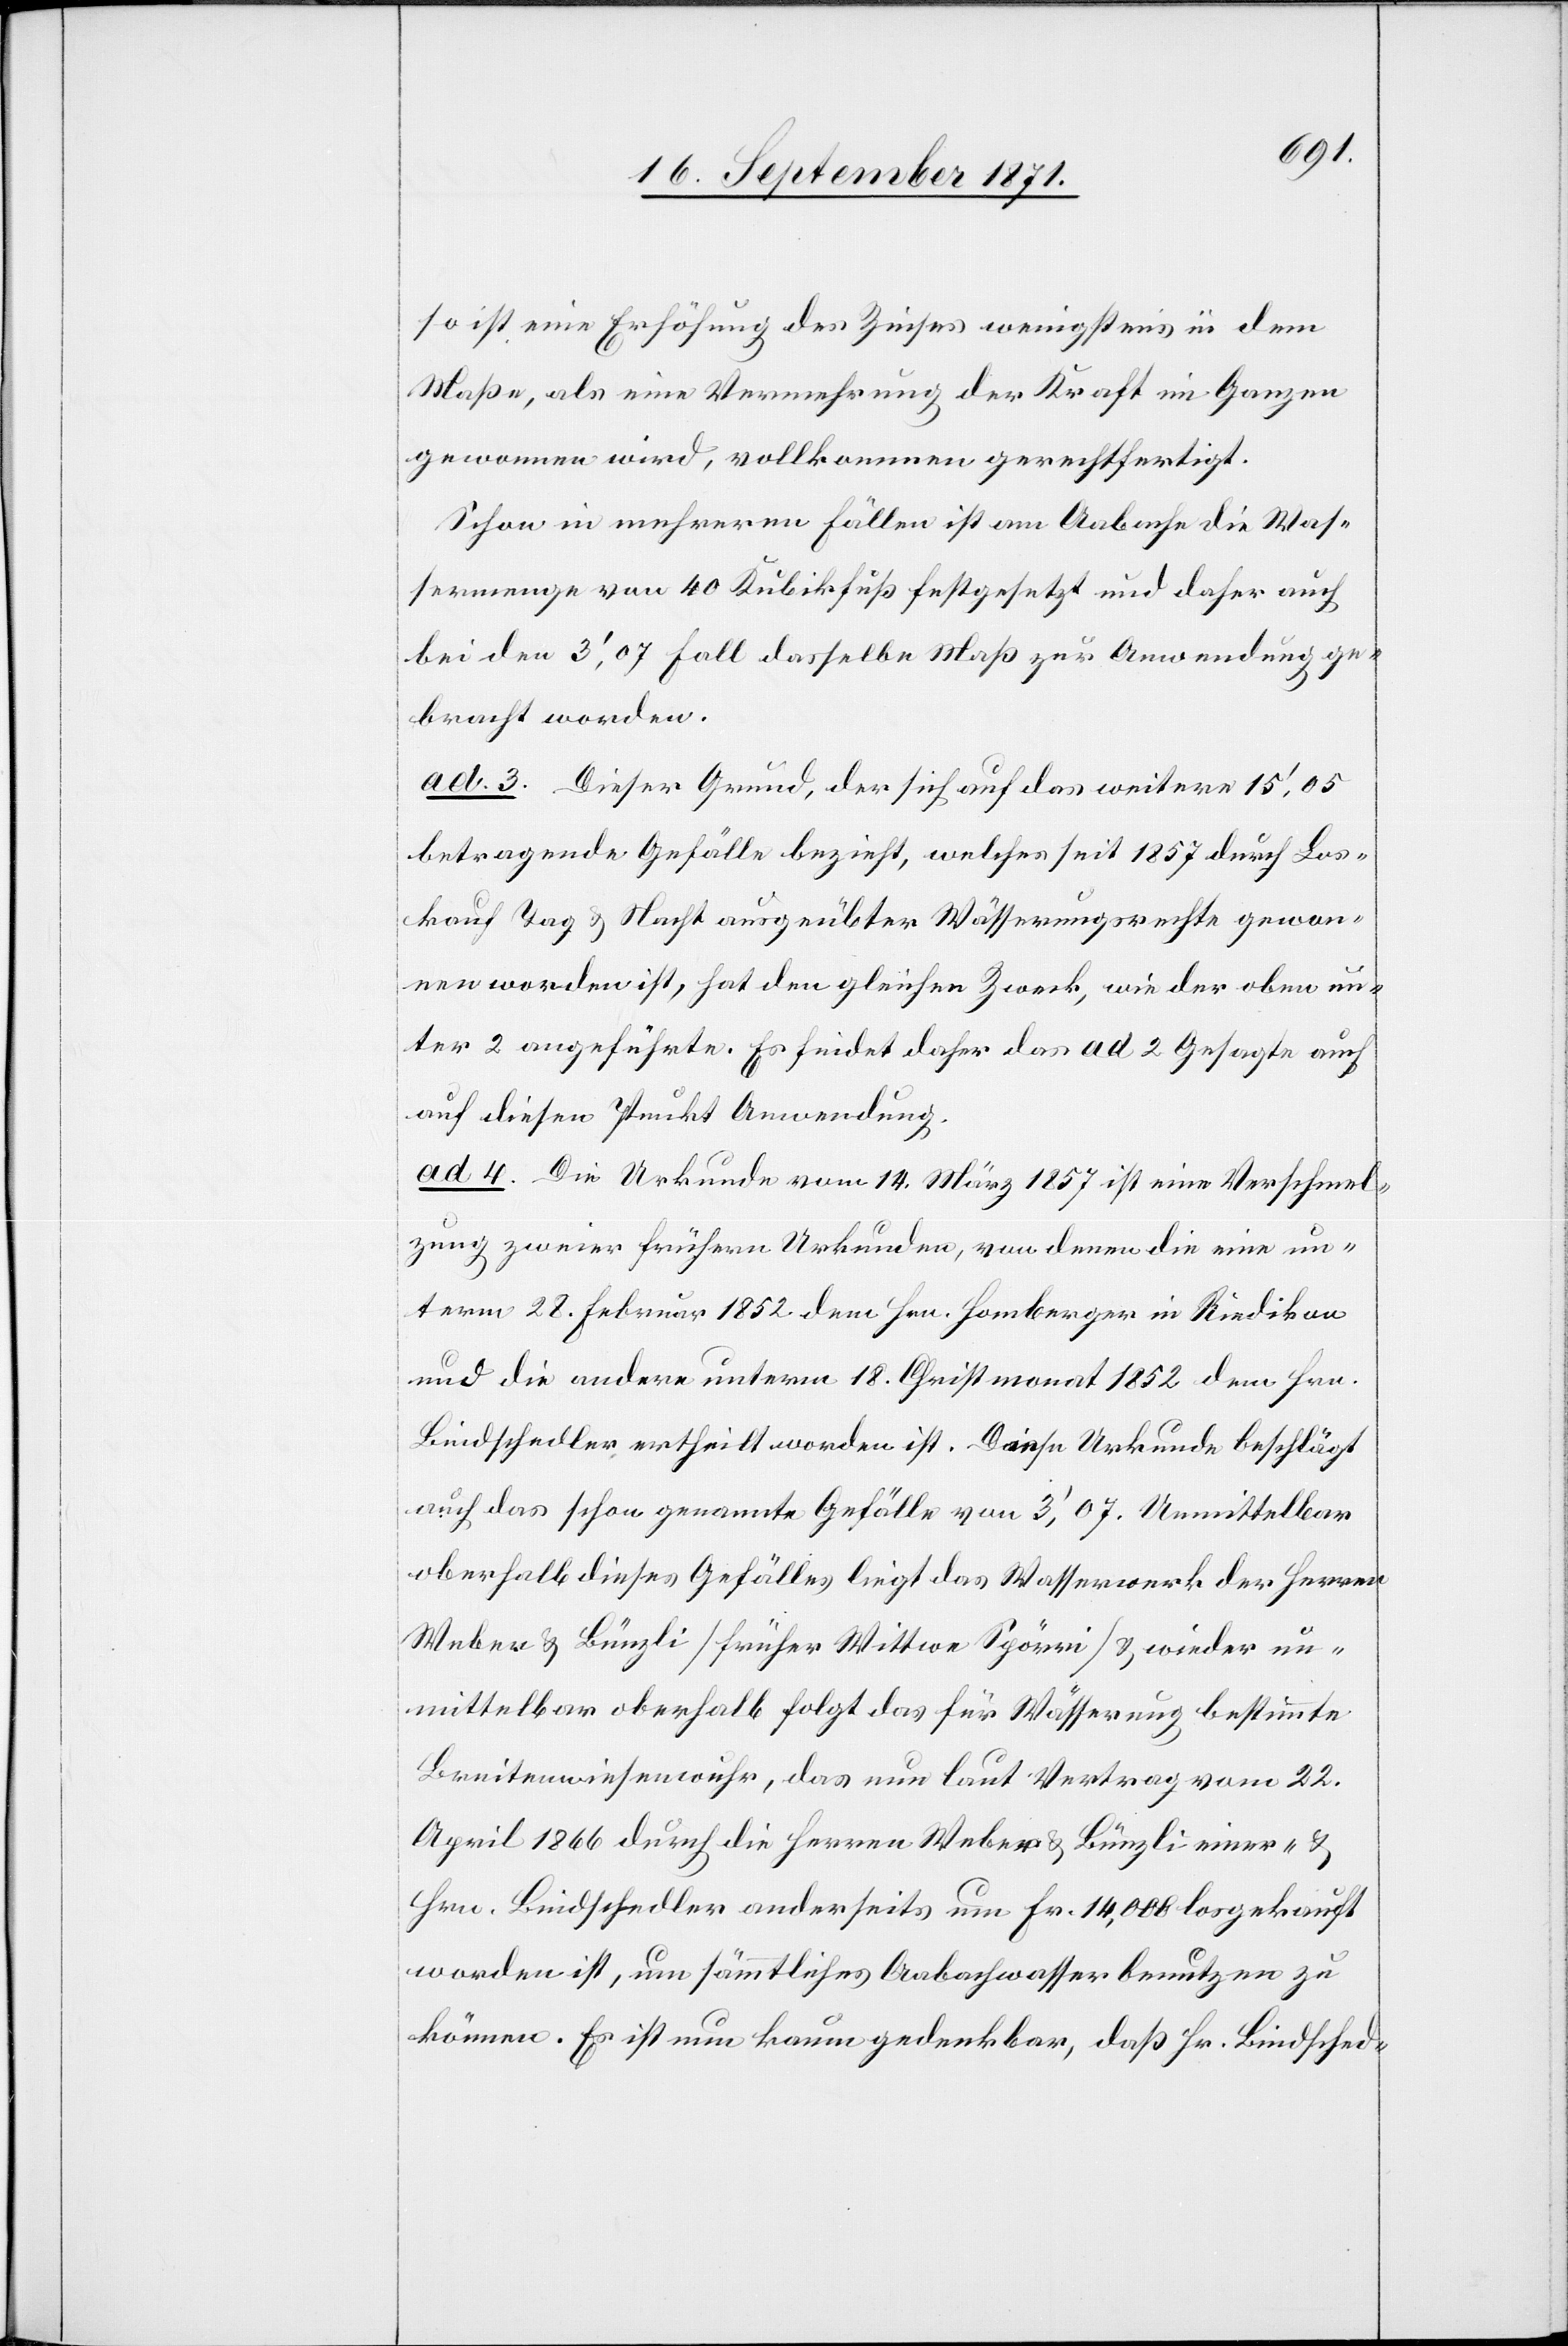
so ist eine Erhöhung des Zinses wenigstens in dem
Maße, als eine Vermehrung der Kraft im Ganzen
gewonnen wird, vollkommen gerechtfertigt.
Schon in mehreren Fällen ist am Aabache die Was¬
sermenge von 40 Kubikfuß festgesetzt und daher auch
bei den 3,’07 Fall dasselbe Maß zur Anwendung ge¬
bracht worden.
ad. 3. Dieser Grund, der sich auf das weitere 15,’05
betragende Gefälle bezieht, welches seit 1857 durch Los¬
kauf Tag & Nacht ausgeübter Wässerungsrechte gewon¬
nen worden ist, hat den gleichen Zweck, wie der oben un¬
ter 2 angeführte. Es findet daher das ad 2 Gesagte auch
auf diesen Punkt Anwendung.
ad 4. Die Urkunde vom 14. März 1857 ist eine Verschmel¬
zung zweier frühern Urkunden, von denen die eine un¬
term 28. Februar 1852 dem Hrn. Homberger in Riedikon
und die andere unterm 18. Christmonat 1852 dem Hrn.
Bindschedler ertheilt worden ist. Diese Urkunde beschlägt
auch das schon genannte Gefälle von 3,’07. Unmittelbar
oberhalb dieses Gefälles liegt das Wasserwerk der Herren
Weber & Bünzli [früher Wittwe Spörri] & wieder un¬
mittelbar oberhalb folgt das für Wässerung bestimmte
Breitenwiesenwuhr, das nun laut Vertrag vom 22.
April 1866 durch die Herren Weber & Bünzli einer- &
Hrn. Bindschedler anderseits um Fr. 14,008 losgekauft
worden ist, um sämmtliches Aabachwasser benutzen zu
können. Es ist nun kaum gedenkbar, daß Hr. Bindsched-